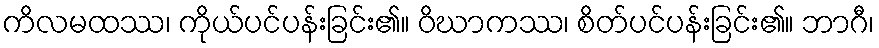
ကိလမထဿ၊ ကိုယ်ပင်ပန်းခြင်း၏။ ဝိဃာကဿ၊ စိတ်ပင်ပန်းခြင်း၏။ ဘာဂီ၊